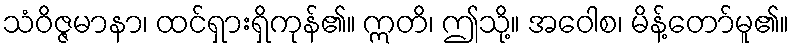
သံဝိဇ္ဇမာနာ၊ ထင်ရှားရှိကုန်၏။ ဣတိ၊ ဤသို့။ အဝေါစ၊ မိန့်တော်မူ၏။